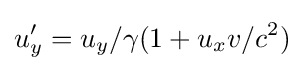
u_{y}'=u_{y}/\gamma (1+u_{x}v/c^{2})